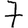
Digit: 7